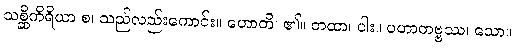
သစ္ဆိကိရိယာ စ၊ သည်လည်းကောင်း။ ဟောတိ၊ ၏။ တထာ၊ ပါး။ ပဟာတဗ္ဗဿ၊ သော။